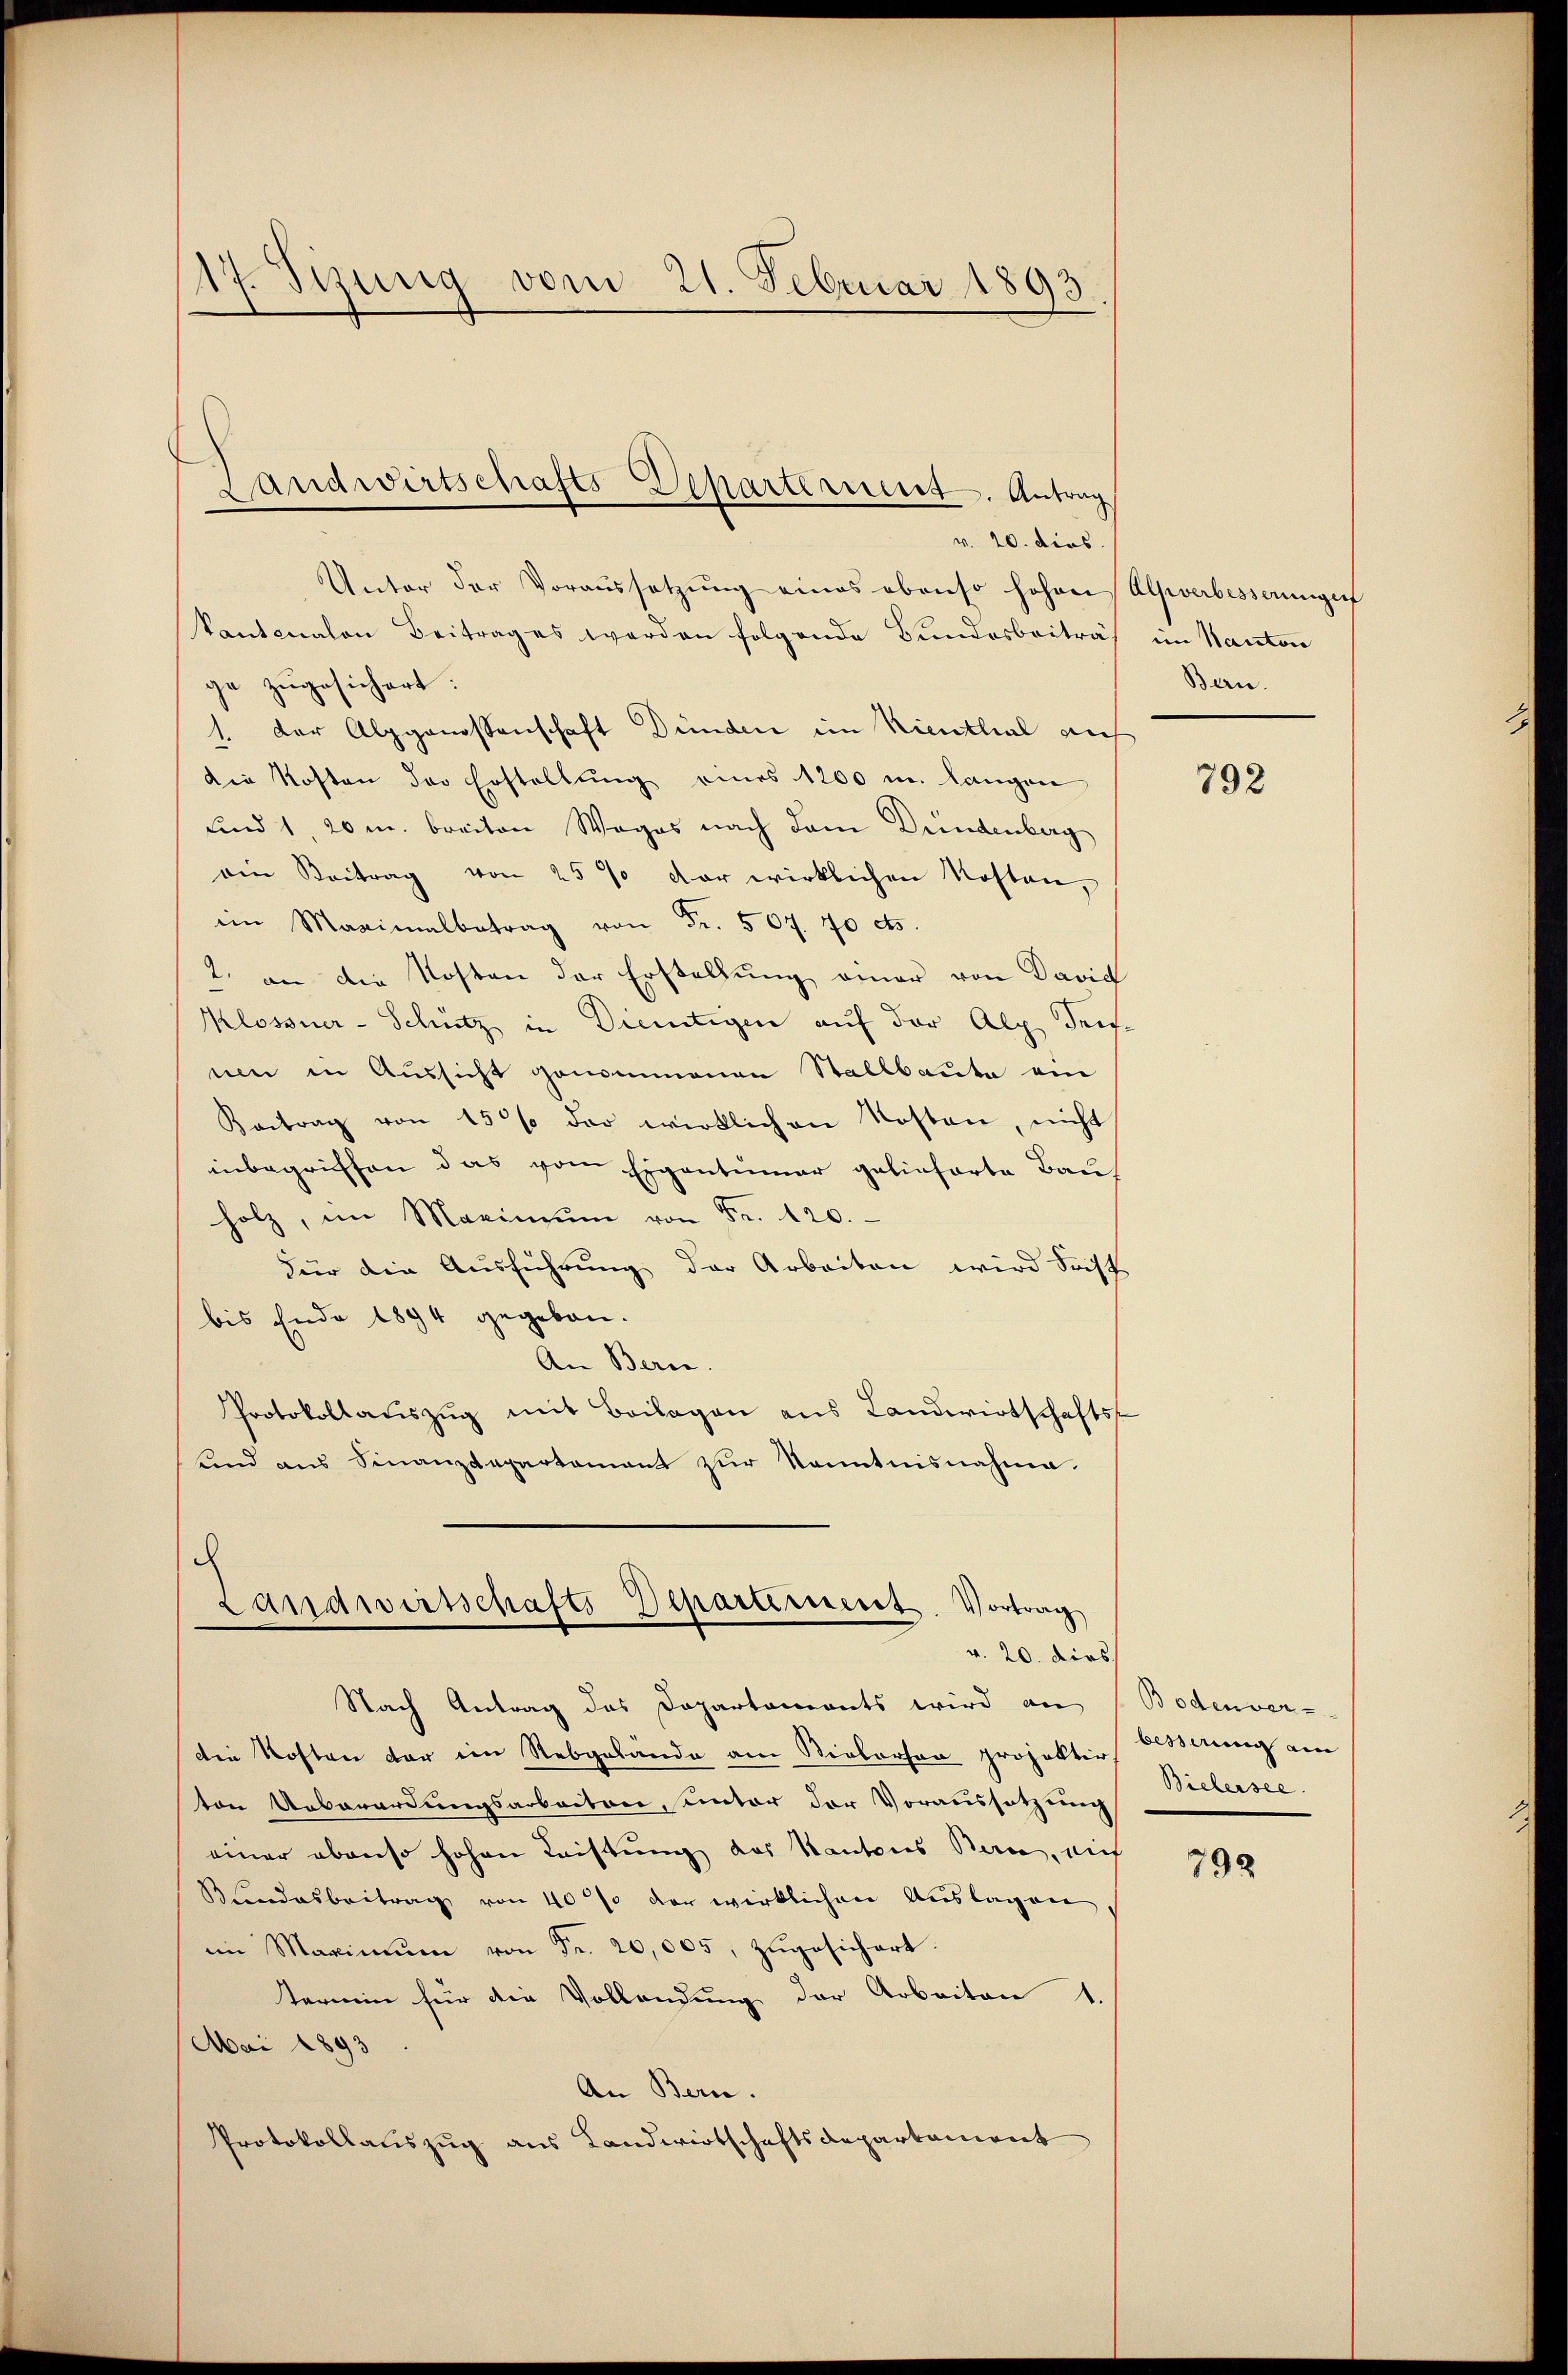
17. Sizung vom 21. Februar 1893.

Unter der Voraussetzŭng eines ebenso hohen Alpverbesserungerf
kantonalen Beitrages werden folgende Bundesbeiträ
ge zugesichert.
1. Der Alpgenossenschaft Dünden im Kienthal auf
die Kosten der Erstellung eines 1200 m langen
und 1, 20 m breiten Weges nach dem Bundenberg
ein Beitrag von 25 % der wirklichen Kosten,
im Maximalbetrag von Fr. 507. 70 cts.
2. an die Kosten der Erstellung einer von David
Klossner-Schütz in Dientigen auf der Alp derse
uen in Aussicht genommenen Stallbaute am
Beitrag von 150% der wirklichen Kosten, nicht
inbegriffen das vom Eigentumar gelieferte Bau
holz, im Maximŭm von Fr. 120.
Für die Ausführung der Arbeiten wird Frist
bis Ende 1894 gegeben.
An Berne.
Protokollaŭszŭg mit Beilagen ans Landwirtschafts-
und aus Finanzdepartament zŭr Kenntnisnahme.

Landwirtschafts Departement. Antrag
v. 20. dies

Landwirtschafts-Departerieret. Vortrag
v. 20. dies

Nach Antrag des Departaments wird an
die Kosten dar im Rebgelände am Sieberson projekter Besserung am
ton Ueberordungsarbeiten, unter der Voraussetzung
einer ebenso hohen Leistung des Kantons Bern, auf
Landesbeitrag von 40% der wirklichen Auslagen
im Maximŭm von Fr. 20,005, zugesichert.
termin für die Vollendung der Arbeiten
Mai 1893
An Bern.
Protokollauszug aus Landwirtschaftsdepartement

im Kanton
Bern.

792

Bodenver-
Bielersee.

792